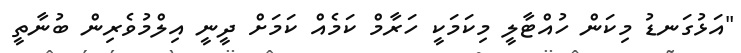
"އަޅުގަނޑު މިކަން ހުއްޓާލީ މިކަމަކީ ހަރާމް ކަމެއް ކަމަށް ދީނީ އިލްމުވެރިން ބުނާތީ